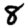
Digit: 8